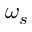
\omega _ { s }